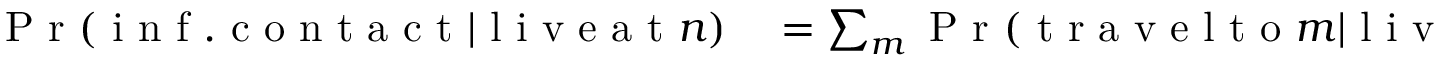
\begin{array} { r l } { \mathrm { ~ P ~ r ~ } ( \mathrm { ~ i ~ n ~ f ~ . ~ c ~ o ~ n ~ t ~ a ~ c ~ t ~ } | \mathrm { ~ l ~ i ~ v ~ e ~ a ~ t ~ } n ) } & { { } = \sum _ { m } \mathrm { ~ P ~ r ~ } ( \mathrm { ~ t ~ r ~ a ~ v ~ e ~ l ~ t ~ o ~ } m | \mathrm { ~ l ~ i ~ v ~ e ~ a ~ t ~ } n ) } \end{array}